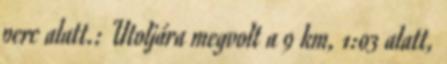
perc alatt.: Utoljára megvolt a 9 km, 1:03 alatt,